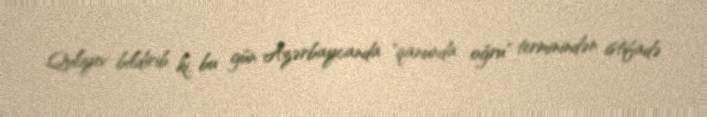
Quliyev bildirib ki, bu gün Azərbaycanda "qanunda oğru" terminindən istifadə